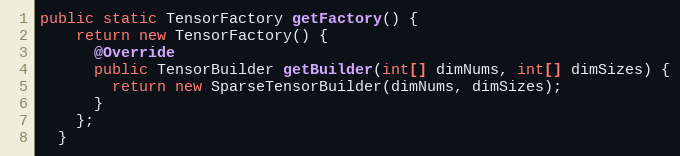
Language: Java
public static TensorFactory getFactory() {
    return new TensorFactory() {
      @Override
      public TensorBuilder getBuilder(int[] dimNums, int[] dimSizes) {
        return new SparseTensorBuilder(dimNums, dimSizes);
      }
    };
  }